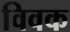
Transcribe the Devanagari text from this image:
विवक